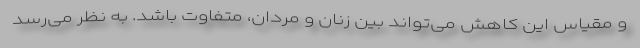
و مقیاس این کاهش می‌تواند بین زنان و مردان، متفاوت باشد. به نظر می‌رسد